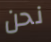
نحن